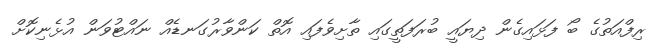
ރިފްއަތުގެ ބޯ ފަޅައިގެން ދިޔައީ ބުރަފަތީގައި ތާށިވެފައި އޮތް ކަންވާރުގަނޑެއް ނައްޓުވަން އުޅެނިކޮށް